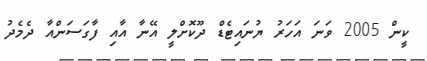
ކީން 2005 ވަނަ އަހަރު ޔުނައިޓެޑް ދޫކޮށްލީ އޭނާ އާއި ފާގަސަންއާ ދެމެދު